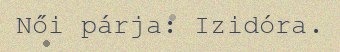
Női párja: Izidóra.